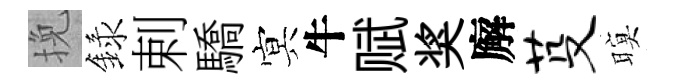
挽録剌驕㝠牛赋奖廨芟暝